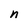
Character: n